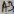
Text: A3